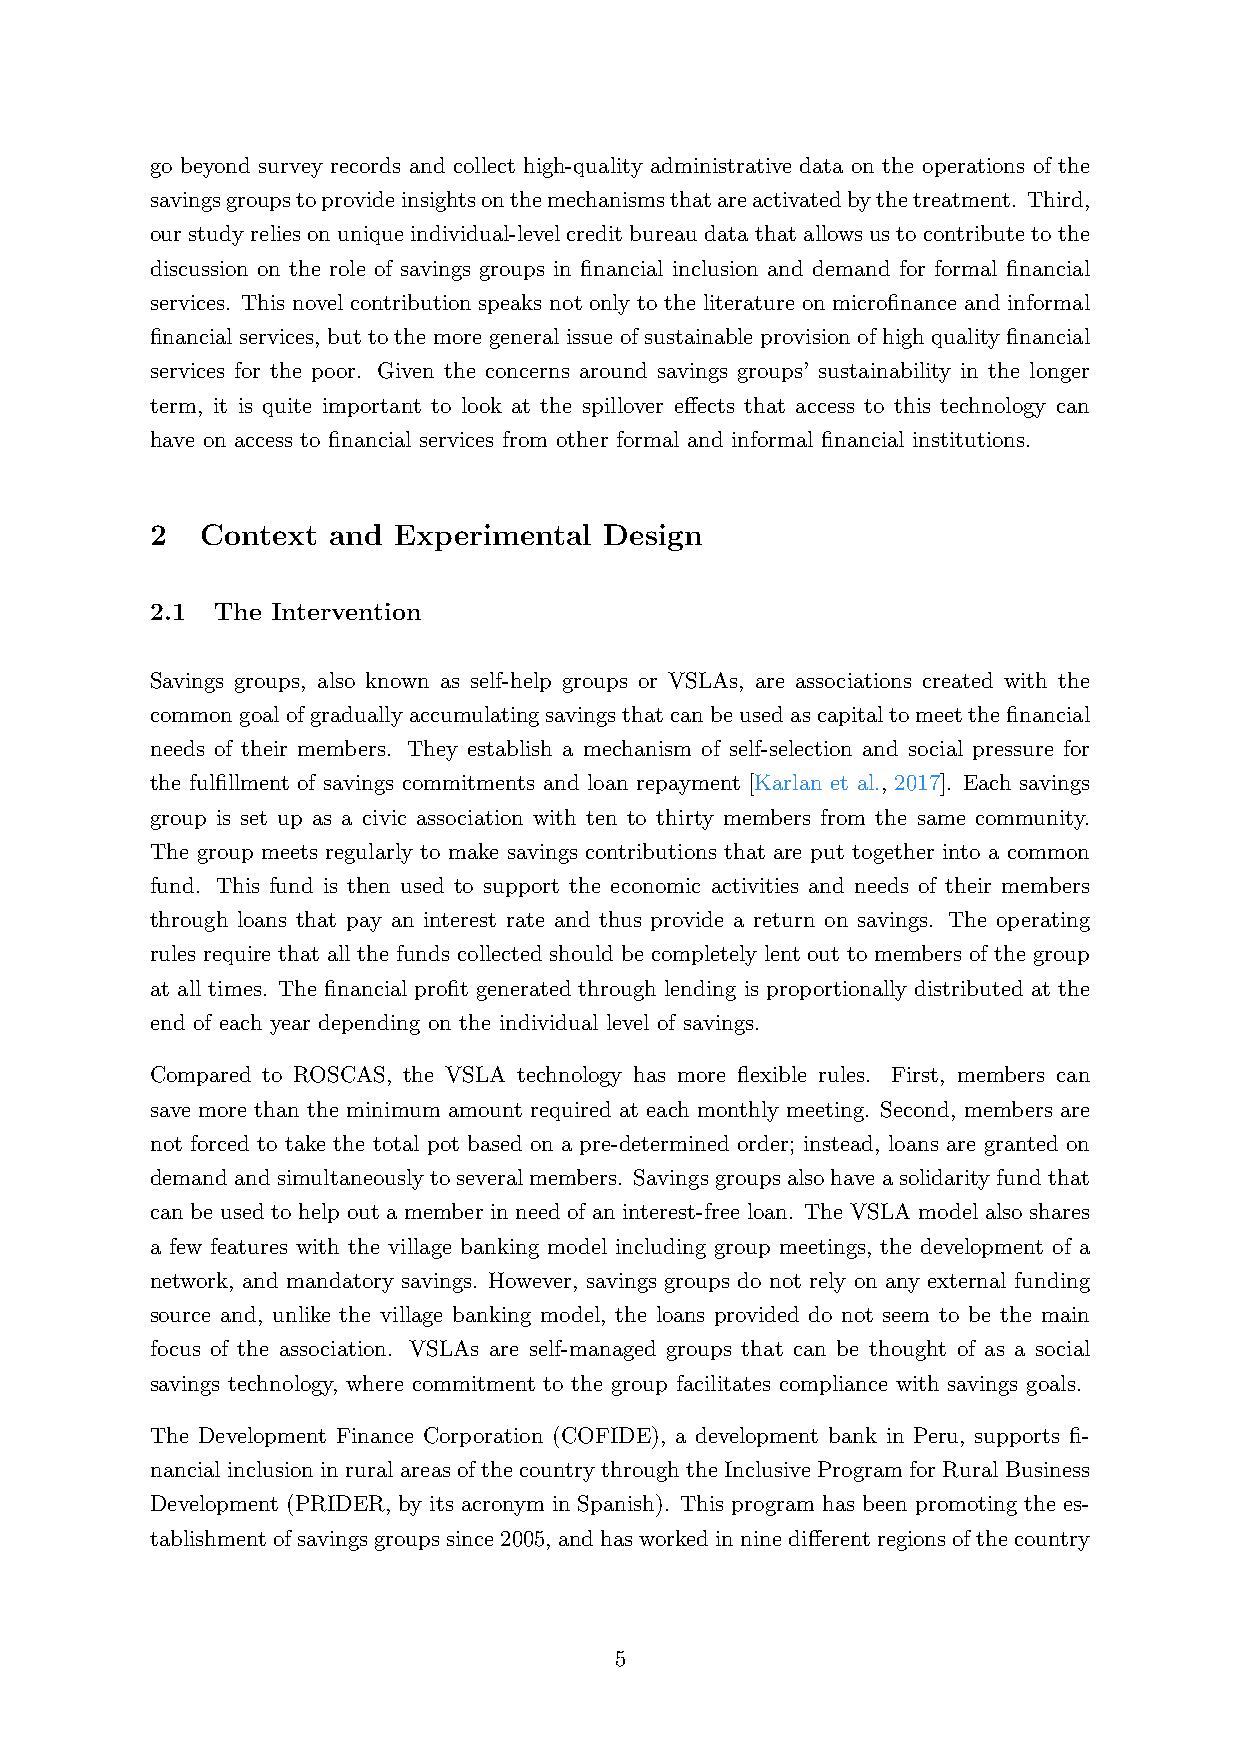
go beyond survey records and collect high-quality administrative data on the operations of the
 savingsgroupstoprovideinsightsonthemechanismsthatareactivatedbythetreatment. Third,
 our study relies on unique individual-level credit bureau data that allows us to contribute to the
 discussion on the role of savings groups in financial inclusion and demand for formal financial
 services. This novel contribution speaks not only to the literature on microfinance and informal
 financial services, but to the more general issue of sustainable provision of high quality financial
 services for the poor. Given the concerns around savings groups’ sustainability in the longer
 term, it is quite important to look at the spillover effects that access to this technology can
 have on access to financial services from other formal and informal financial institutions.
 2  Context  and Experimental  Design
 2.1 The Intervention
 Savings groups, also known as self-help groups or VSLAs, are associations created with the
 commongoalofgraduallyaccumulatingsavingsthatcanbeusedascapitaltomeetthefinancial
 needs of their members. They establish a mechanism of self-selection and social pressure for
 the fulfillment of savings commitments and loan repayment [Karlan et al., 2017]. Each savings
 group is set up as a civic association with ten to thirty members from the same community.
 The group meets regularly to make savings contributions that are put together into a common
 fund. This fund is then used to support the economic activities and needs of their members
 through loans that pay an interest rate and thus provide a return on savings. The operating
 rules require that all the funds collected should be completely lent out to members of the group
 at all times. The financial profit generated through lending is proportionally distributed at the
 end of each year depending on the individual level of savings.
 Compared to ROSCAS, the VSLA technology has more flexible rules. First, members can
 save more than the minimum amount required at each monthly meeting. Second, members are
 not forced to take the total pot based on a pre-determined order; instead, loans are granted on
 demandandsimultaneouslytoseveralmembers. Savingsgroupsalsohaveasolidarityfundthat
 can be used to help out a member in need of an interest-free loan. The VSLA model also shares
 a few features with the village banking model including group meetings, the development of a
 network, and mandatory savings. However, savings groups do not rely on any external funding
 source and, unlike the village banking model, the loans provided do not seem to be the main
 focus of the association. VSLAs are self-managed groups that can be thought of as a social
 savings technology, where commitment to the group facilitates compliance with savings goals.
 The Development Finance Corporation (COFIDE), a development bank in Peru, supports fi-
 nancial inclusion in rural areas of the country through the Inclusive Program for Rural Business
 Development (PRIDER, by its acronym in Spanish). This program has been promoting the es-
 tablishmentofsavingsgroupssince2005, andhasworkedinninedifferentregionsofthecountry
 5